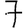
Digit: 7